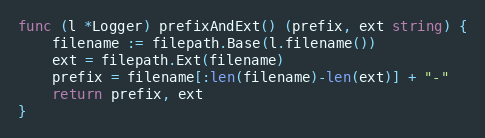
Language: Go
func (l *Logger) prefixAndExt() (prefix, ext string) {
	filename := filepath.Base(l.filename())
	ext = filepath.Ext(filename)
	prefix = filename[:len(filename)-len(ext)] + "-"
	return prefix, ext
}